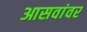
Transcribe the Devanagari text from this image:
आसवांवर